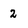
Character: 2